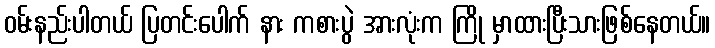
ဝမ်းနည်းပါတယ် ပြတင်းပေါက် နား ကစားပွဲ အားလုံးက ကြို မှာထားပြီးသားဖြစ်နေတယ်။